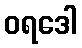
ဝရဒေါ